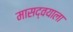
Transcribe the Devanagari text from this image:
मासद्वयाला